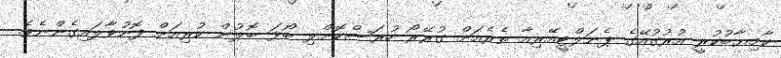
ކާމިޔާބުކުރީ އުރުގުއޭގެ ޕެނަލްޓީއޭރިއާ ތެރެއަށް ގުރޭރޯ ހުރަސްކޮށްލި ބޯޅަ ބޮލުން ކުރިއަށް ފޮނުވާލައިގެންނެވެ.